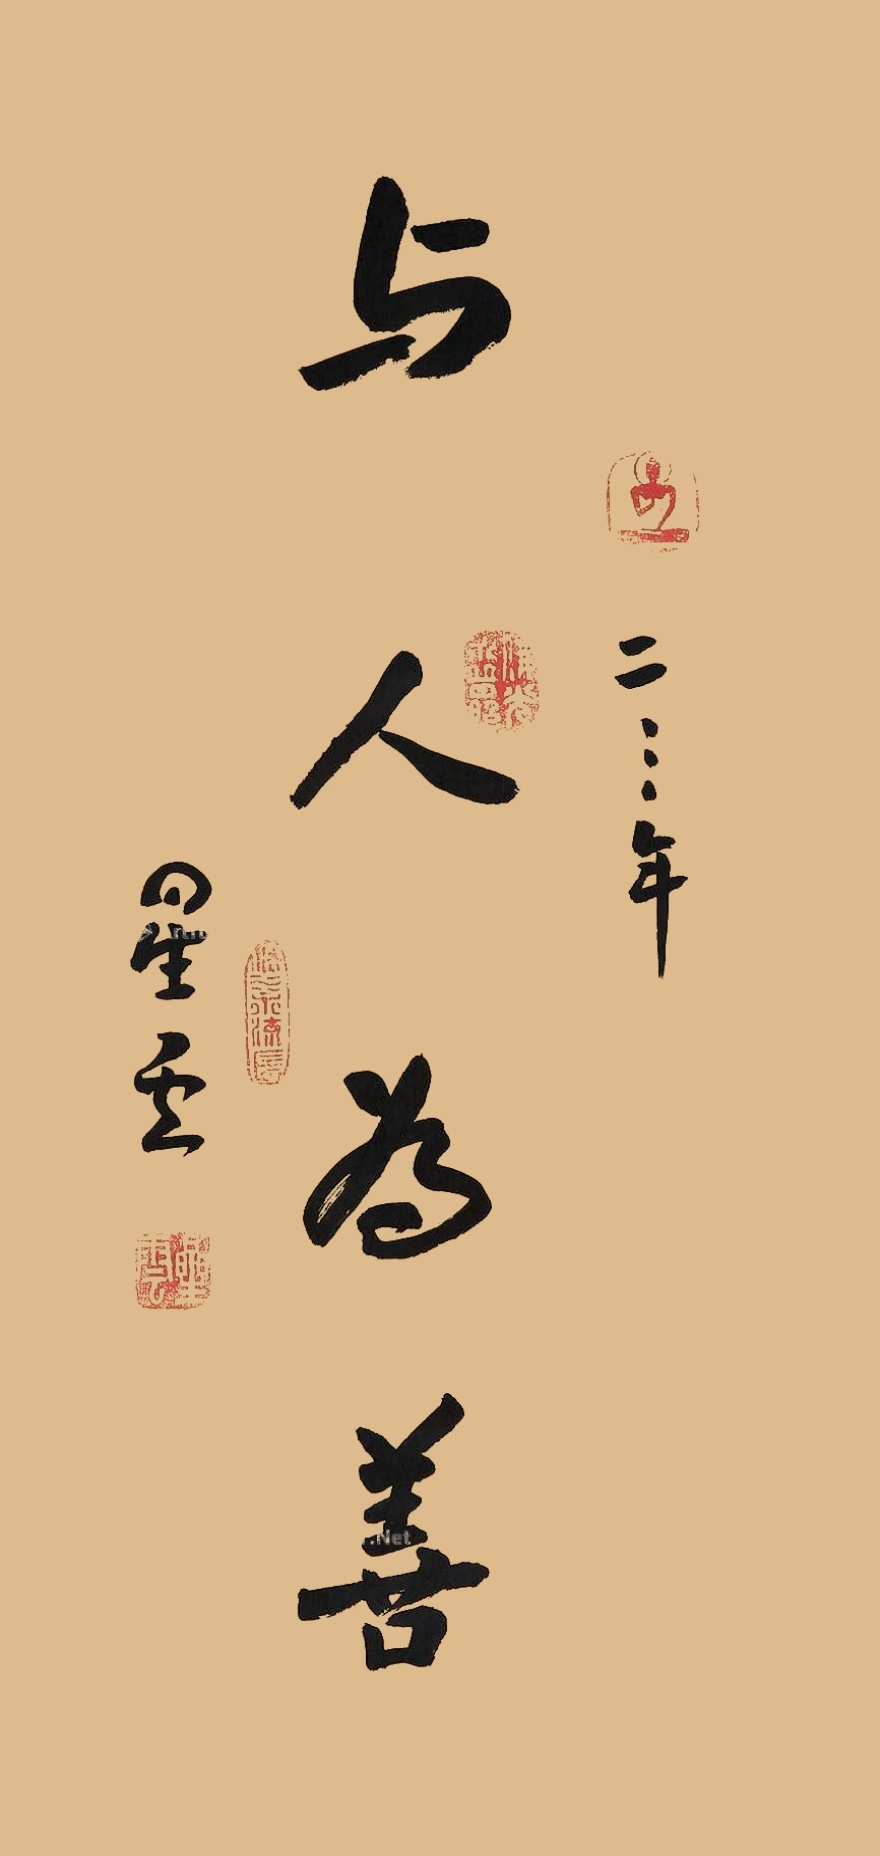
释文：与人为善二000年，星云。